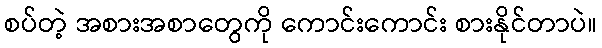
စပ်တဲ့ အစားအစာတွေကို ကောင်းကောင်း စားနိုင်တာပဲ။